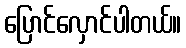
ပြောင်လှောင်ပါတယ်။